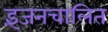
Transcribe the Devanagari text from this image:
इंजनचालित